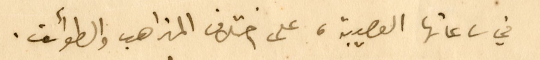
في ساعاتها العصيبة، على اختلاف المذاهب والطوائف.